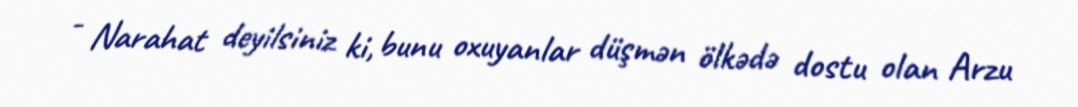
- Narahat deyilsiniz ki, bunu oxuyanlar düşmən ölkədə dostu olan Arzu